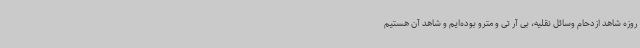
روزه شاهد ازدحام وسائل نقلیه، بی آر تی و مترو بوده‌ایم و شاهد آن هستیم